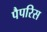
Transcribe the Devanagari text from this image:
पैपरिस